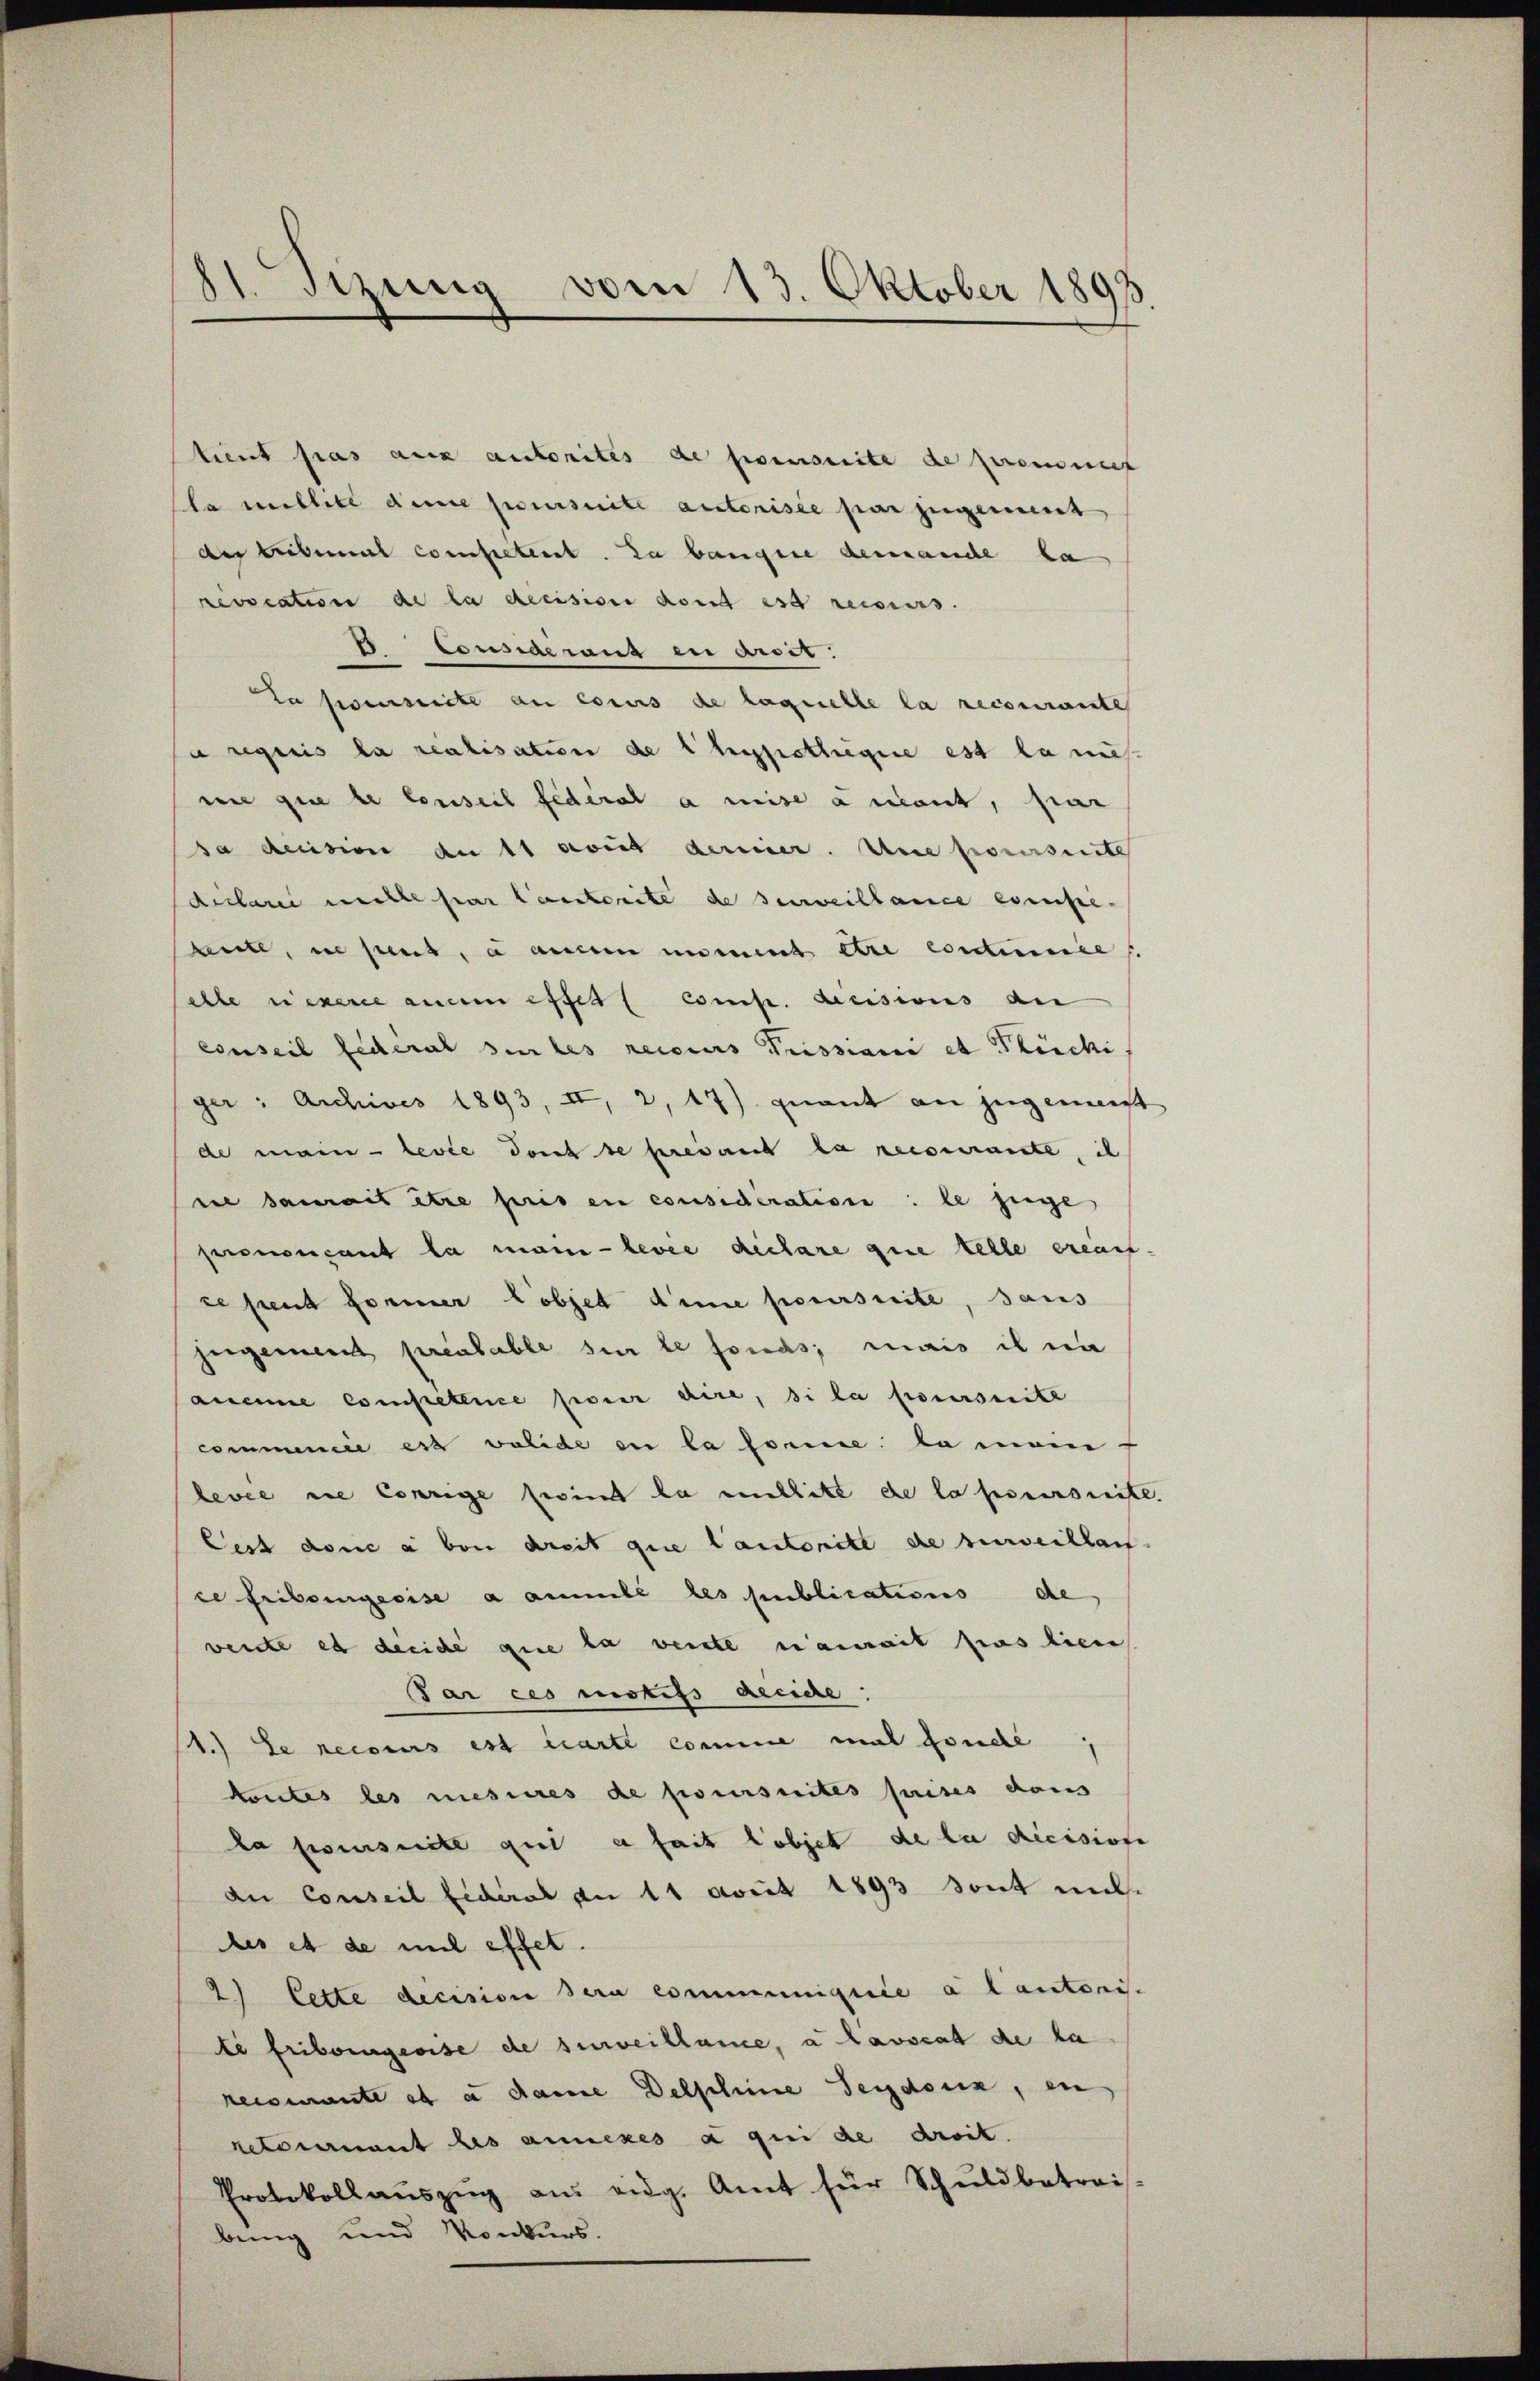
81. Sizung vom 13. Oktober 189

tient pas aux autorites de prescrite de premiet
la millite die poursuite autorisée par zugement
der tribunal competent. Zu bangere demanche ka
revocation de la decision dont est recours.
IConsideranz in aus.
Da somite an conus de laquelle la recourante
a requis la realisation de l’hypothegire est la mis
ne que le Conseil fédéral a mise amont, par
a decision an 11 aus derier. An poursuite
diclarii melle par lauterite de surveillance exempe-
sleute, ne peut, à auern imment être coutumie
elle riesence anem esser Comp. decisions an
conseil federat sie les recours Prissiani et Püchi.
ger: Archives 1893, II, 2, 17) quant an zugemeist
de main-levée dont se prevant la recourante, ih
nie damit être pris en consideration: le juge
prononçant la main-levée declare que telle ereut
zesent former Lobjet deme poursuite, sans
hergemeint pressable sur le fonds; mais il na
Cance competence pour dire, si la poursuite
commence es valide en la somme la man
levee die Corrige sind da enthitt de la poursuite.
Cest dont à von dreit que Cantonitt de surveillac
ce Friboingeeise a ammele des publications de
wende es dreiche que la vente namit pas lien
Par ces motifs deciche:
1.) Le recours est carte comme mal fonde
kontes les mesures de poursuites prises dans
da poursuite qui a fait lobjet de la dicisione
an Conseil fiderat an 11 acit 1893 sont mit
dles et de mit effet.
2) Cette decision sera communiquée a lautonis
te Friborgeoise de surveillance, a lavscat de la
reisante et a darine Delschine Seydoux, en
netorement les annexes a qui de droit.
Protokollauszug aus eidg. Amt für Schuldbetreis-
bung und Konkurs.